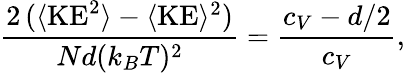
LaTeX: \frac{2\, (\langle\mathrm{KE}^{2}\rangle-\langle\mathrm{KE}\rangle^{2})}{Nd(k_{B}T)^{2}}=\frac{c_{V}-d/2}{c_{V}},